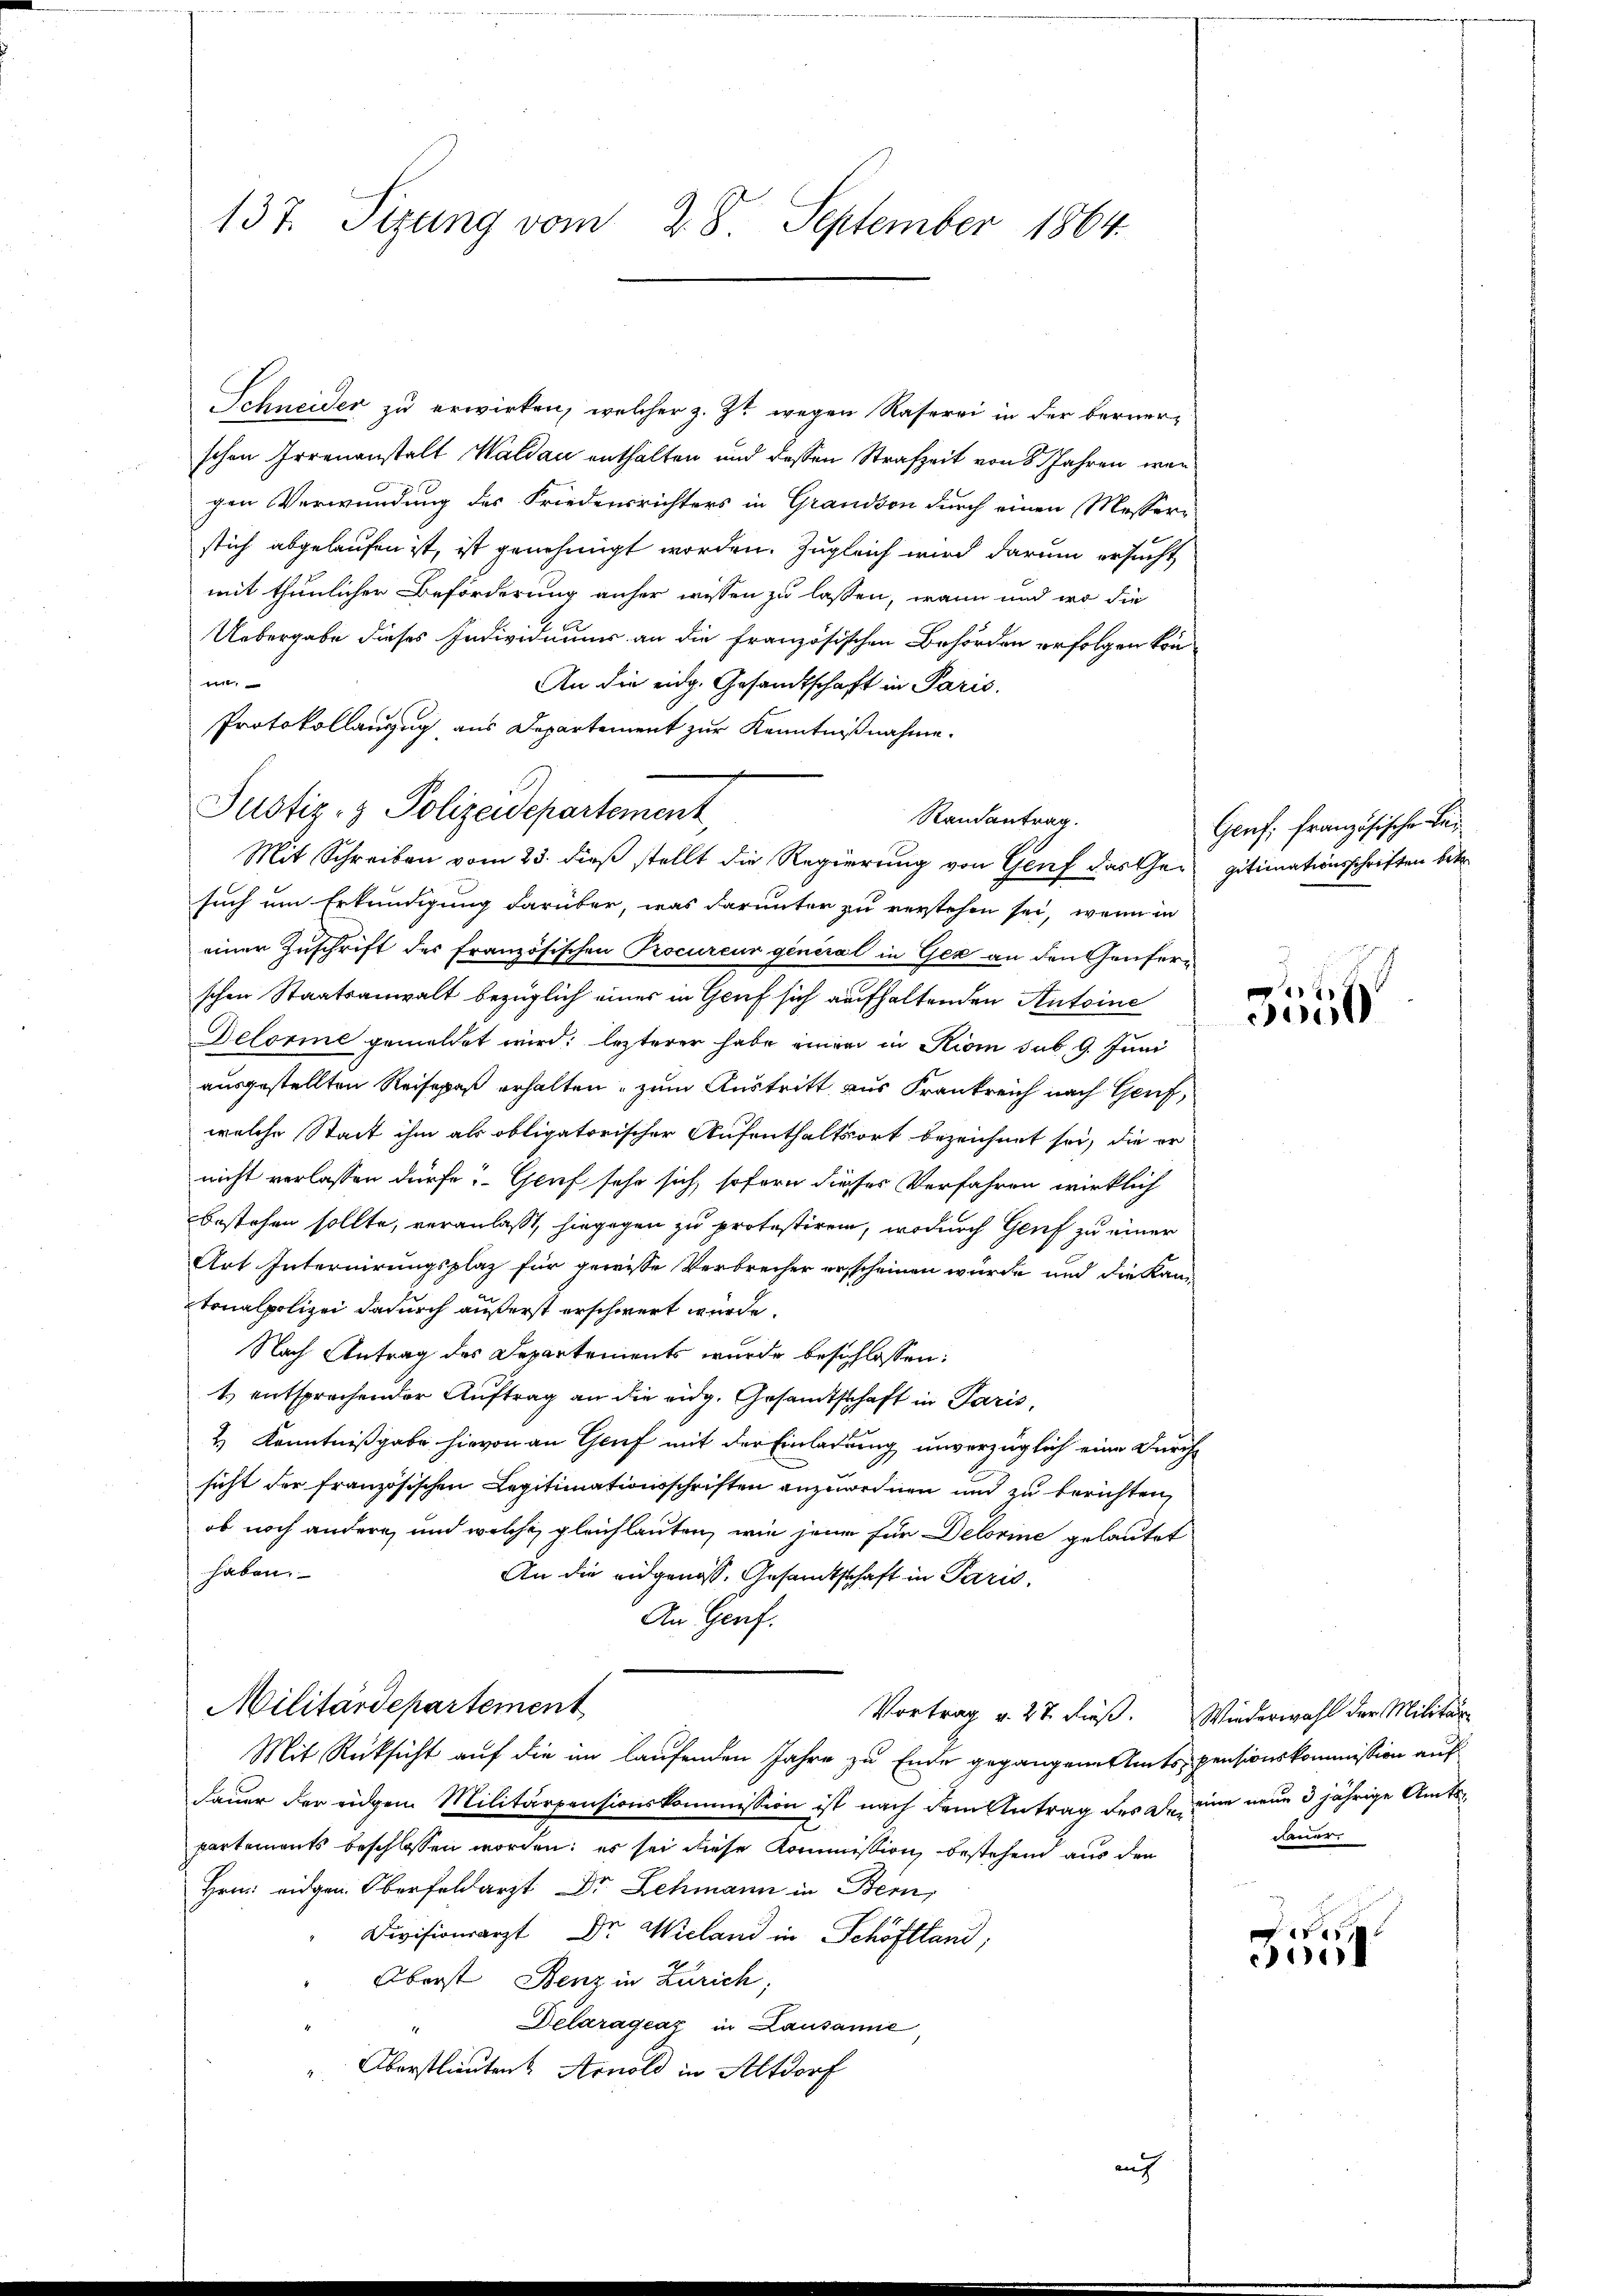
137. Sizung vom 28. September 1864.

Schneider zu erwirken, welcher z. Zt. wegen Raserei in der bernerschen Irrenanstalt Waldau enthalten und dessen Strafzeit von 8 Jahren wergen Verwundung des Friedensrichters in Grandson durch einen Messer-
stich abgelaufen ist, ist genehmigt worden. Zugleich wird darum ersucht
mit thunlicher Beförderung anher wissen zu lassen, wenn und wo die
Uebergabe dieses Individuums an die Französischen Behörden erfolgen könne
An die eidg. Gesandtschaft in Paris.
Protokollanzug aus Departement zur Kenntnißnahme.
Randantrag.
Mit Schreiben vom 23. dieß stellt die Regierung von Genf das Gesuch um Erkundigung darüber, was darunter zu verstehen sei, wenn in
einer Zuschrift des französischen Procureur general in Gez an den Genferschen Staatsanwalt bezüglich einer in Gruf sich aufhaltenden Antoine
Deforme gemeldet wird. lezterer habe einem in Rioi sub. 9. Juni
ausgestellten Reisepaß erhalten, zum Austritt aus Frankreich nach Genf,
welche Stadt ihm als obligatorischer Aufenthaltsort bezeichnet sei, die er
nicht verlassen dürfe? Genf sehe sich sofern dieses Verfahren wirklich
bestehen sollte, veranlaßt, hingegen zu protestiren, wodurch Genf zu einer
Art Internirungsplaz für gewisse Verbrecher ersscheinen würde und die Kantonalpolizei dadurch äußerst erschwert würde.
Nach Antrag des Departements wurde beschlossen:
1 entsprochender Auftrag an die eidg. Gesandtschaft in Paris,
2.) Kenntnißgabe hievon an Genf mit der Einladung unverzüglich eine Durchsicht der französischen Legitimationsschriften anzuweinen und zu berichten,
ob noch andern, und welche gleichlauten, wie jene für Delorine gelautet
haben.
An die eidgenoss. Gesandtschaft in Paris,
An Genf.
Militärdepartement
Vortrag v. 27. dieß. Wiederwahl der Militär-
Mit Rücksicht auf die im laufenden Jahre zu Ende gegangene Amtspensionskommission auf
dauer der eidgen Militärpensionskommission ist nach dem Antrag des Deine neue 3jährige Amtspartements beschlossen worden; es sei diese Kommission bestehend aus der
Hrn. eidgen. Oberfeldarzt Dr. Lehmann in Bern,
Divisionsarzt Dr. Wieland in Schöffland;
Oberst Benz in Zürich,
Delarágeaz in Lausanne,
Überstlieuten Arnold in Altdorf
auch

Justiz- & Polizeidepartement

Genf; französische Lei
gitimationsschriften betr.

1
de

Feuer.

,
coo